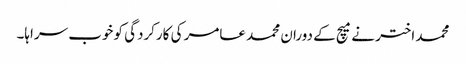
محمد اختر نے میچ کے دوران محمد عامر کی کارکردگی کو خوب سراہا۔